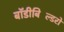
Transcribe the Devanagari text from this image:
बॉडीबिल्डिंरों